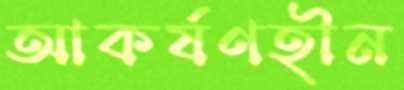
আকর্ষণহীন